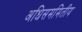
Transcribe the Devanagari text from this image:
अधिसममितीय